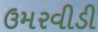
ઉમરવીડી